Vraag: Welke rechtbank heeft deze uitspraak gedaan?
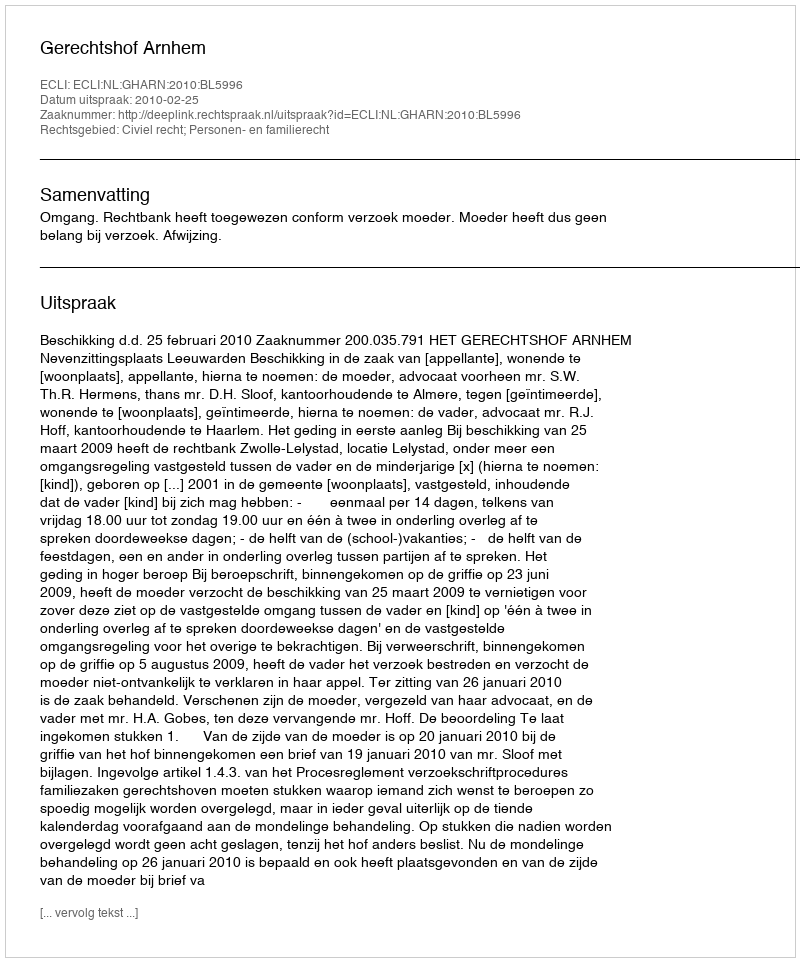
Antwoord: Gerechtshof Arnhem